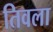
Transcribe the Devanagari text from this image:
तिवला